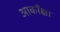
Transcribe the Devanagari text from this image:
आकाँक्षा